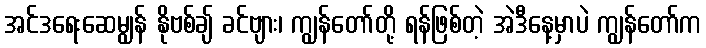
အင်ဒရေးဆေမျွန် နိုဗစ်ချ် ခင်ဗျား၊ ကျွန်တော်တို့ ရန်ဖြစ်တဲ့ အဲဒီနေ့မှာပဲ ကျွန်တော်က